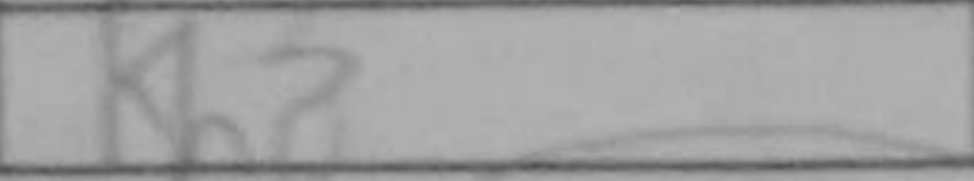
Transcription: Kh8